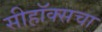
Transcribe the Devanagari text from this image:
सीहॉक्सचा